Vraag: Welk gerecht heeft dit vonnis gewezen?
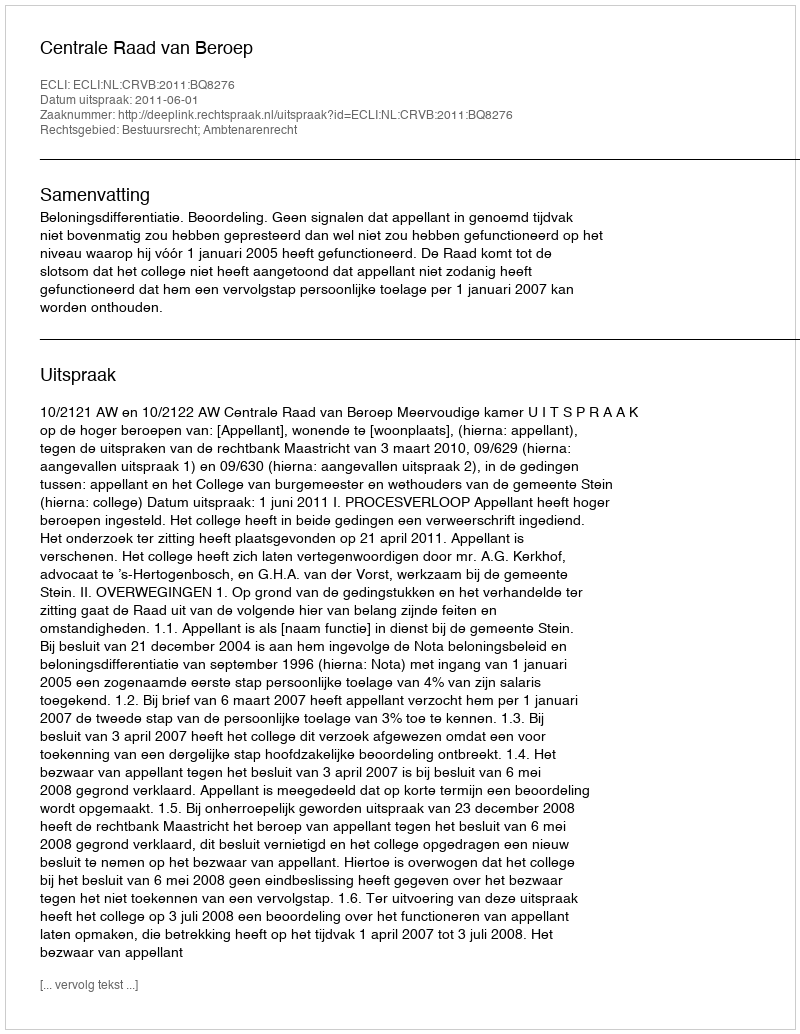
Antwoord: Centrale Raad van Beroep